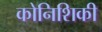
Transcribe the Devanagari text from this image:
कोनिशिकी